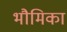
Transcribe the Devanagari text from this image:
भौमिका